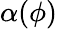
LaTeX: \alpha(\phi)